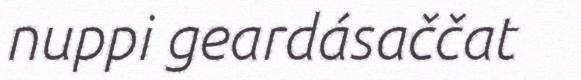
nuppi geardásaččat